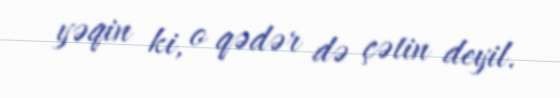
yəqin ki, o qədər də çətin deyil.